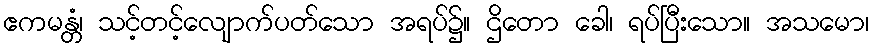
ဧကမန္တံ၊ သင့်တင့်လျောက်ပတ်သော အရပ်၌။ ဌိတော ခေါ၊ ရပ်ပြီးသော။ အသမော၊